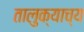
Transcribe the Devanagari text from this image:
तालुक्याच्य